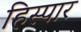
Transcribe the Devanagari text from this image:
हिस्पार